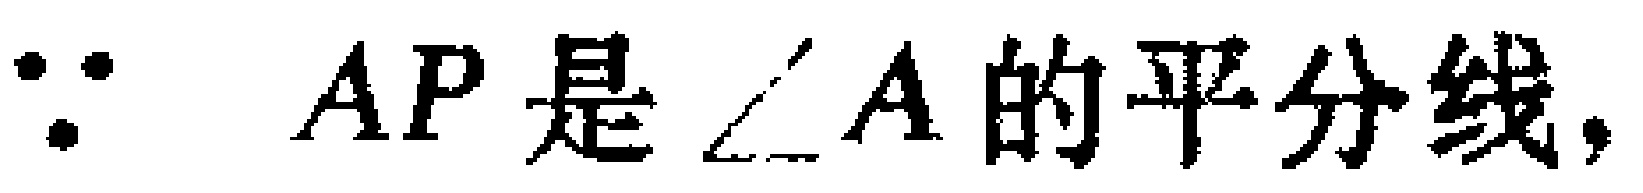
$\because AP是\angle A的平分线,$